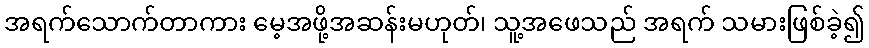
အရက်သောက်တာကား မေ့အဖို့အဆန်းမဟုတ်၊ သူ့အဖေသည် အရက် သမားဖြစ်ခဲ့၍